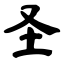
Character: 圣